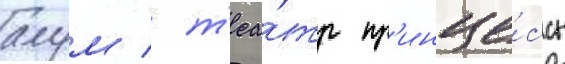
алум / т'еа́тр пр'инце́ссы